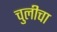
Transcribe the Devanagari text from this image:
चुलीचा